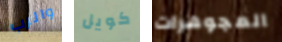
والرب كويل المجوهرات